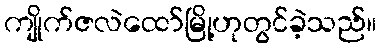
ကျိုက်ဇလဲထော်မြို့ဟုတွင်ခဲ့သည်။